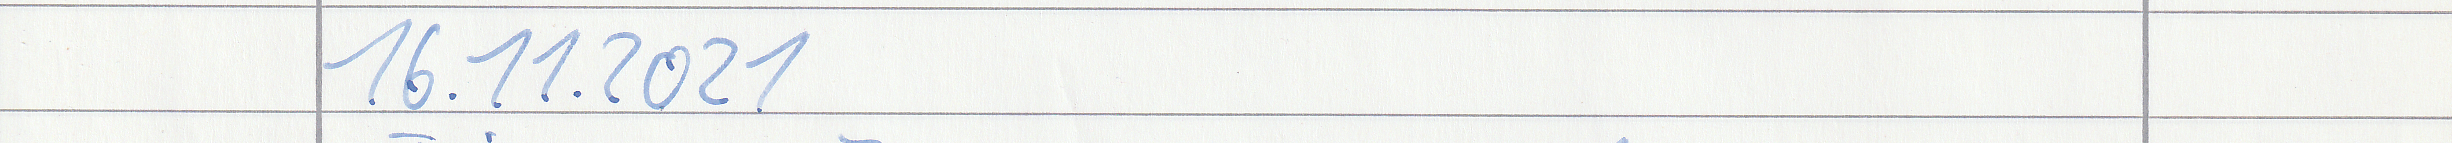
16.11.2021